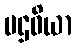
ပဌဝိယာ